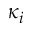
\kappa _ { i }